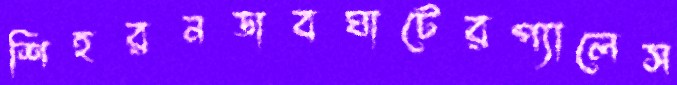
শিহরনডাবঘাটেরপ্যালেস